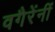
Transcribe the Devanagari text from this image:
वगैरेंनीं